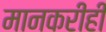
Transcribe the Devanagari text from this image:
मानकरीही